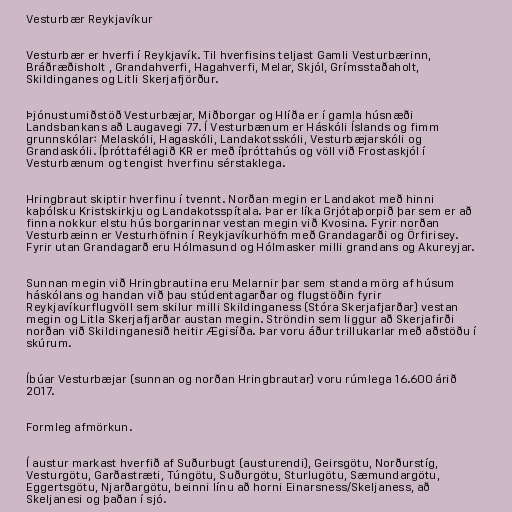
Vesturbær Reykjavíkur

Vesturbær er hverfi í Reykjavík. Til hverfisins teljast Gamli Vesturbærinn,
Bráðræðisholt , Grandahverfi, Hagahverfi, Melar, Skjól, Grímsstaðaholt,
Skildinganes og Litli Skerjafjörður.

Þjónustumiðstöð Vesturbæjar, Miðborgar og Hlíða er í gamla húsnæði
Landsbankans að Laugavegi 77. Í Vesturbænum er Háskóli Íslands og fimm
grunnskólar: Melaskóli, Hagaskóli, Landakotsskóli, Vesturbæjarskóli og
Grandaskóli. Íþróttafélagið KR er með íþróttahús og völl við Frostaskjól í
Vesturbænum og tengist hverfinu sérstaklega.

Hringbraut skiptir hverfinu í tvennt. Norðan megin er Landakot með hinni
kaþólsku Kristskirkju og Landakotsspítala. Þar er líka Grjótaþorpið þar sem er að
finna nokkur elstu hús borgarinnar vestan megin við Kvosina. Fyrir norðan
Vesturbæinn er Vesturhöfnin í Reykjavíkurhöfn með Grandagarði og Örfirisey.
Fyrir utan Grandagarð eru Hólmasund og Hólmasker milli grandans og Akureyjar.

Sunnan megin við Hringbrautina eru Melarnir þar sem standa mörg af húsum
háskólans og handan við þau stúdentagarðar og flugstöðin fyrir
Reykjavíkurflugvöll sem skilur milli Skildinganess (Stóra Skerjafjarðar) vestan
megin og Litla Skerjafjarðar austan megin. Ströndin sem liggur að Skerjafirði
norðan við Skildinganesið heitir Ægisíða. Þar voru áður trillukarlar með aðstöðu í
skúrum.

Íbúar Vesturbæjar (sunnan og norðan Hringbrautar) voru rúmlega 16.600 árið
2017.

Formleg afmörkun.

Í austur markast hverfið af Suðurbugt (austurendi), Geirsgötu, Norðurstíg,
Vesturgötu, Garðastræti, Túngötu, Suðurgötu, Sturlugötu, Sæmundargötu,
Eggertsgötu, Njarðargötu, beinni línu að horni Einarsness/Skeljaness, að
Skeljanesi og þaðan í sjó.